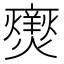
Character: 𭶥